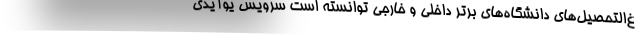
غ‌التحصیل‌های دانشگاه‌های برتر داخلی و خارجی توانسته است سرویس یوآیدی